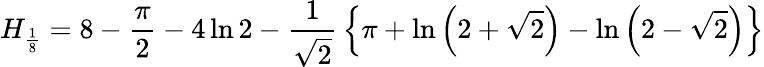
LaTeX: H_{\frac{1}{8}}=8-{\frac{\pi}{2}}-4\ln{2}-{\frac{1}{\sqrt{2}}}\left\{ \pi+\ln\left(2+{\sqrt{2}}\right)-\ln\left(2-{\sqrt{2}}\right)\right\}